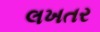
લખતર